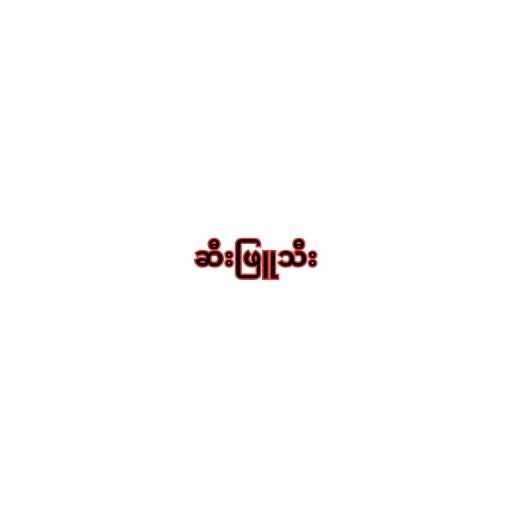
ဆီးဖြူသီး